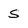
Character: s